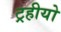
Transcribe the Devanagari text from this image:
ट्रहीयो